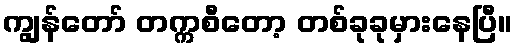
ကျွန်တော် တက္ကစီတော့ တစ်ခုခုမှားနေပြီ။